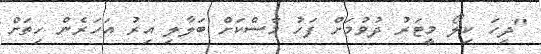
"ދިހަ ކިލޯ މީޓަރު ދުވުމަށް ފަހު މާސްކަށް ބަލާލި އިރު އަހަރެން ހިތަށް